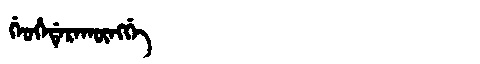
Manchu: ᡤᡝᠣᡥᡝᡩᡝᡵᠠᡴᡡᠩᡤᡝ
Romanization: GEOHEDERAKŪNGGE